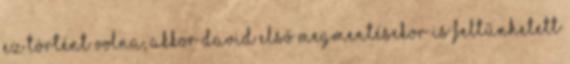
ez történt volna, akkor David első megmentésekor is feltűnhetett